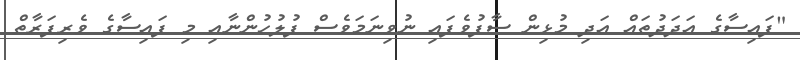
"ފައިސާގެ އަދަދުތައް އަދި މުޅިން ސާފުވެފައި ނުވިނަމަވެސް ފުލުހުންނާއި މި ފައިސާގެ ވެރިފަރާތް